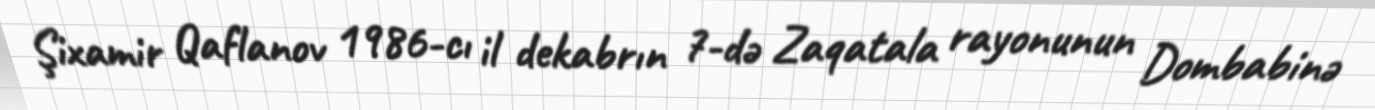
Şixamir Qaflanov 1986-cı il dekabrın 7-də Zaqatala rayonunun Dombabinə